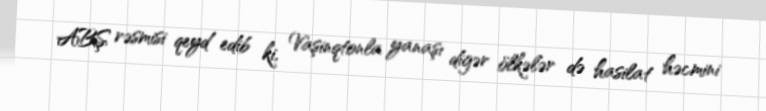
ABŞ rəsmisi qeyd edib ki, Vaşinqtonla yanaşı digər ölkələr də hasilat həcmini